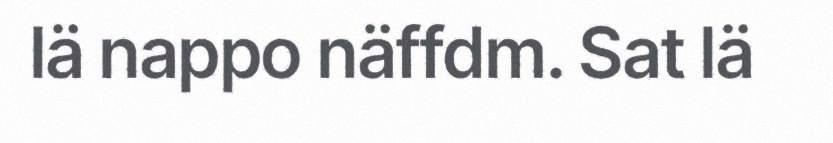
lä nappo näffdm. Sat lä